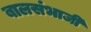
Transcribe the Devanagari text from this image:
बालसंभाजी